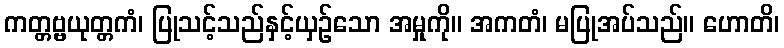
ကတ္တဗ္ဗယုတ္တကံ၊ ပြုသင့်သည်နှင့်ယှဉ်သော အမှုကို။ အကတံ၊ မပြုအပ်သည်။ ဟောတိ၊